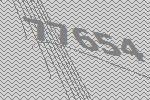
77654